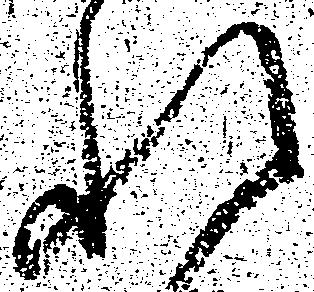
れ